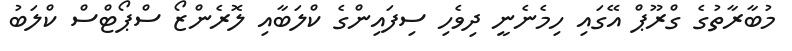
މުބާރާތުގެ ގްރޫޕް އޭގައި ހިމެނެނީ ދިވެހި ސިފައިންގެ ކްލަބާއި ލޮރެންޒޯ ސްޕޯޓްސް ކްލަބު